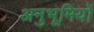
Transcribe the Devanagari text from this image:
अनुभूमियों